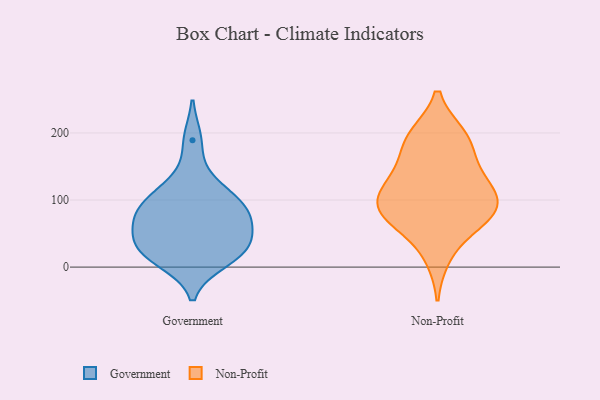
{"axis": {"x": "Conversion Rate (%)", "y": "Value"}, "legend": ["Government", "Non-Profit"], "data": [{"x": "", "y": 126, "type": "Government"}, {"x": "", "y": 10, "type": "Government"}, {"x": "", "y": 108, "type": "Government"}, {"x": "", "y": 31, "type": "Government"}, {"x": "", "y": 91, "type": "Government"}, {"x": "", "y": 21, "type": "Government"}, {"x": "", "y": 52, "type": "Government"}, {"x": "", "y": 189, "type": "Government"}, {"x": "", "y": 80, "type": "Government"}, {"x": "", "y": 85, "type": "Government"}, {"x": "", "y": 27, "type": "Government"}, {"x": "", "y": 79, "type": "Government"}, {"x": "", "y": 22, "type": "Government"}, {"x": "", "y": 58, "type": "Government"}, {"x": "", "y": 117, "type": "Non-Profit"}, {"x": "", "y": 71, "type": "Non-Profit"}, {"x": "", "y": 94, "type": "Non-Profit"}, {"x": "", "y": 156, "type": "Non-Profit"}, {"x": "", "y": 195, "type": "Non-Profit"}, {"x": "", "y": 134, "type": "Non-Profit"}, {"x": "", "y": 122, "type": "Non-Profit"}, {"x": "", "y": 93, "type": "Non-Profit"}, {"x": "", "y": 75, "type": "Non-Profit"}, {"x": "", "y": 192, "type": "Non-Profit"}, {"x": "", "y": 92, "type": "Non-Profit"}, {"x": "", "y": 191, "type": "Non-Profit"}, {"x": "", "y": 68, "type": "Non-Profit"}, {"x": "", "y": 17, "type": "Non-Profit"}]}